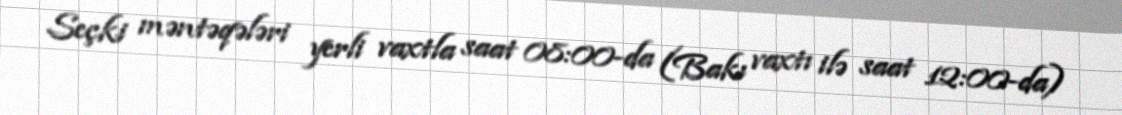
Seçki məntəqələri yerli vaxtla saat 08:00-da (Bakı vaxtı ilə saat 12:00-da)